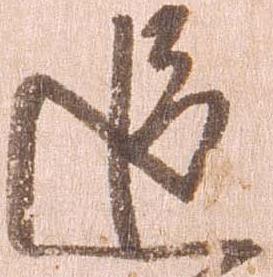
追